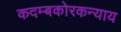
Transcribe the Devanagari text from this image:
कदम्बकोरकन्याय